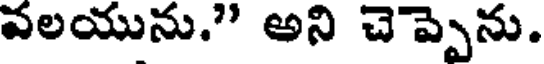
వలయును." అని చెప్పెను.